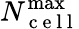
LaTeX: N_{\mathrm{~c~e~l~l~}}^{\operatorname*{max}}